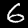
Digit: 6